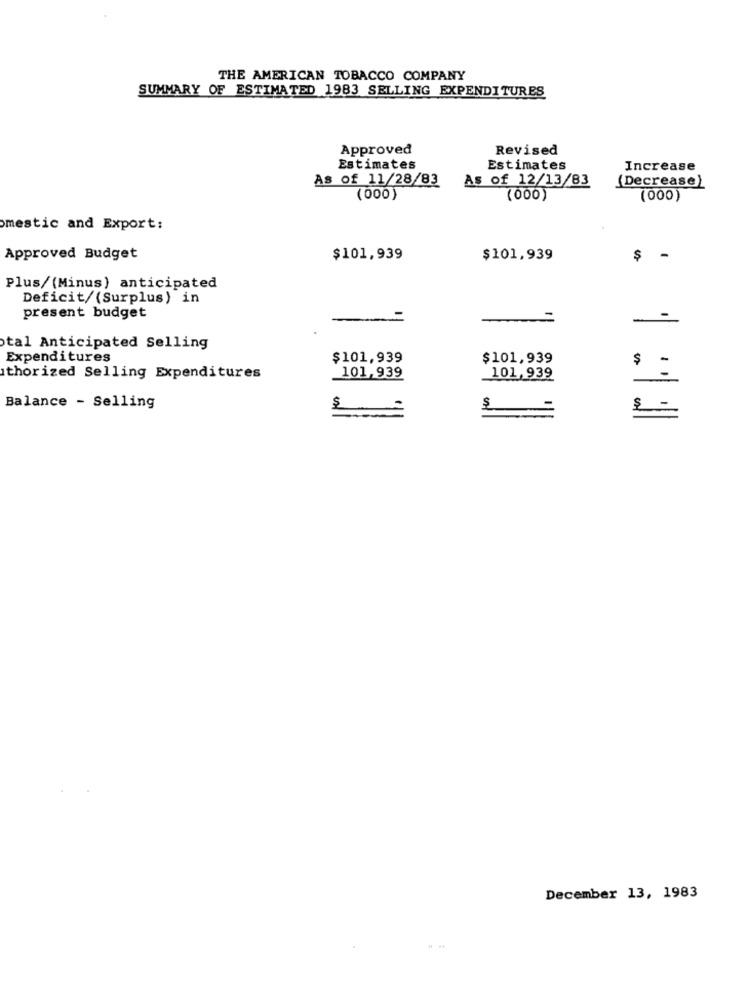
THE AMERICAN TOBACCO COMPANY
SUMMARY OF ESTIMATED 1983 SELLING EXPENDITURES
Approved
Revised
Estimates
Estimates
Increase
As of 11/28/83
As of 12/13/83
(Decrease)
(000)
(000)
(000)
mestic and Export:
Approved Budget
$101,939
$101,939
$
-
Plus/(Minus) anticipated
Deficit/ (Surplus) in
present budget
-
tal Anticipated Selling
Expenditures
$101,939
$101,939
$
-
thorized Selling Expenditures
101,939
101,939
-
Balance - Selling
€ -
December 13, 1983